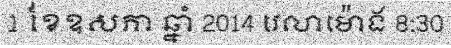
1 ខែឧសភា ឆ្នាំ 2014 វេលាម៉ោង 8:30